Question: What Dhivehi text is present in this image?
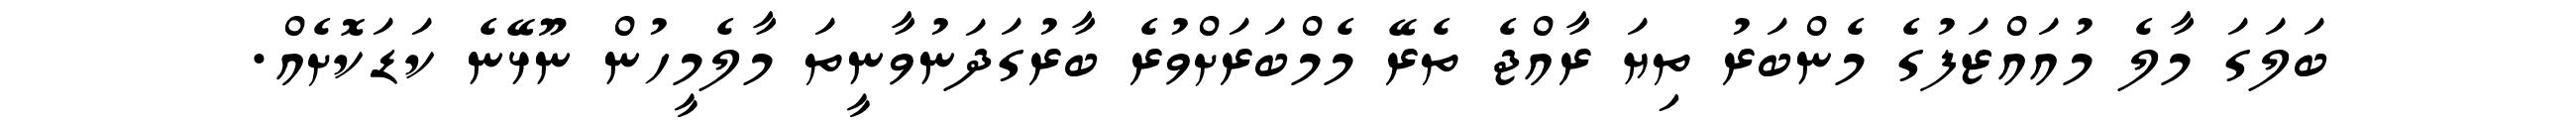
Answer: ބަލަގަ މާލެ މުއައްޒަފުގެ މެންބަރު ތިޔަ ރާއްޖެ ތެރޭ މެމްބަރަށްވުރެ ބާރުގަދަނުވާނީތަ މާލެމީހުން ނޫޅޭނެ ކަޑަކޮށެއް.